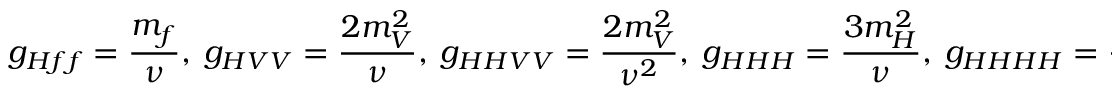
g _ { H f f } = \frac { m _ { f } } { \nu } , \ g _ { H V V } = \frac { 2 m _ { V } ^ { 2 } } { \nu } , \ g _ { H H V V } = \frac { 2 m _ { V } ^ { 2 } } { \nu ^ { 2 } } , \ g _ { H H H } = \frac { 3 m _ { H } ^ { 2 } } { \nu } , \ g _ { H H H H } = \frac { 3 m _ { H } ^ { 2 } } { \nu ^ { 2 } } .